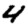
Digit: 4